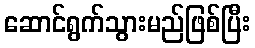
ဆောင်ရွက်သွားမည်ဖြစ်ပြီး